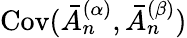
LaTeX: \mathrm{Cov}(\bar{A}_{n}^{(\alpha)},\bar{A}_{n}^{(\beta)})